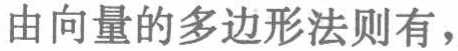
由向量的多边形法则有，